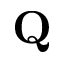
\mathbf { Q }